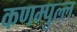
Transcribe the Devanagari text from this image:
कणम्पुल्ल